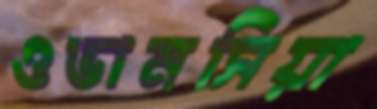
ওভানসিয়া